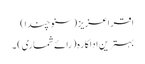
اقراعزیز (سنو چندا)
بہترین اداکارہ (رائے شماری) ۔